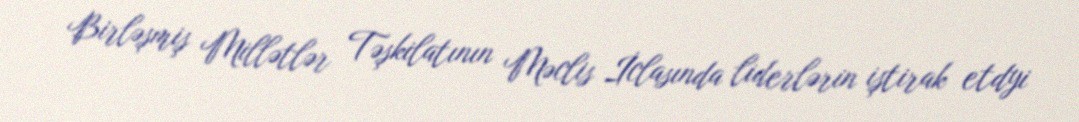
Birləşmiş Millətlər Təşkilatının Məclis İclasında liderlərin iştirak etdyi